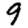
Digit: 9